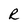
Character: R